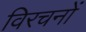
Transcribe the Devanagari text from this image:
विरचनों